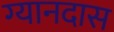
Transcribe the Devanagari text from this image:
ग्यानदास